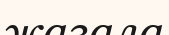
жазала